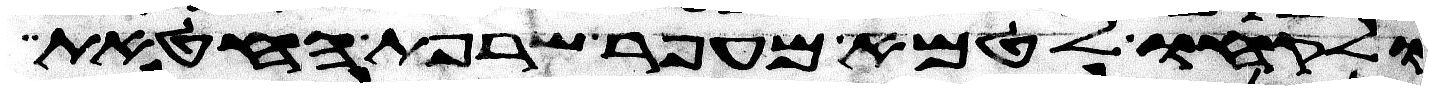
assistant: ולקחו לטמא מעפר שרפת החטאת